Annual administration report of the Civil Veterinary Department of India - 1897-1898
Year: 1897
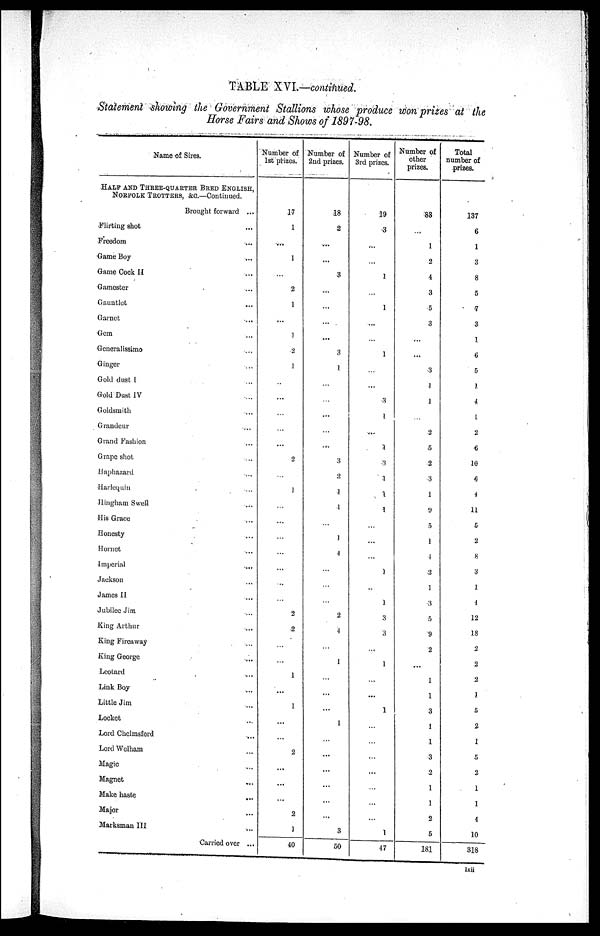
TABLE XVI.—continued.
Statement showing the Government Stallions whose produce won prizes at the
Horse Fairs and Shows of 1897—98.
Name of Sires.
HALF AND THREE—QUARTER BRED ENGLISH,
NORFOLK TROTTERS, &c.
Brought forward ...
Flirting shot ...
Freedom ...
Game Boy ...
Game Cock II ...
Gamester ...
Gauntlet ...
Garnet ...
Gem ...
Generalissimo ...
Ginger ...
Gold dust I ...
Gold Dust IV ...
Goldsmith ...
Grandeur ...
Grand Fashion ...
Grape shot ...
Haphazard ...
Harlequin ...
Hingham Swell ...
His Grace ...
Honesty ...
Hornet ...
Imperial ...
Jaokson ...
James II ...
Jubilee Jim ...
King Arthur ...
King Fircaway ...
King George ...
Leotard ...
Link Boy ...
Little Jim ...
Locket ...
Lord Chelmsford ...
Lord Welham ...
Magic ...
Magnet ...
Make haste ...
Major ...
Marksman III ...
Carried over ...
Number of
1st prizes.
17
1
...
1
...
2
1
...
1
2
1
...
...
...
...
...
2
...
1
...
...
...
...
...
..
...
2
2
...
...
1
...
1
...
...
2
...
...
...
2
1
40
Number of
2nd prizes.
18
2
...
...
3
...
...
...
...
3
1
...
...
...
...
...
3
2
1
1
...
1
4
...
...
...
2
4
...
1
...
...
...
1
...
...
...
...
...
...
3
50
Number of
3rd prizes.
19
3
...
...
1
...
1
...
...
1
...
...
3
1
...
1
3
1
1
1
...
...
...
1
...
1
3
3
...
1
...
...
1
...
...
...
...
...
...
1
47
Number of
other
prizes.
88
...
1
2
4
3
5
3
...
...
3
1
1
...
2
5
2
3
1
9
5
1
4
2
1
3
5
9
2
...
1
1
3
1
1
3
2
1
1
2
5
181
Total
number of
prizes.
137
6
1
3
8
5
7
3
1
6
5
1
4
1
2
6
10
6
4
11
5
2
8
3
1
4
12
18
2
2
2
1
5
2
1
5
2
1
1
4
10
318
lxii